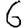
Digit: 6